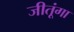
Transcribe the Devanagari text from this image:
जीतूंगा